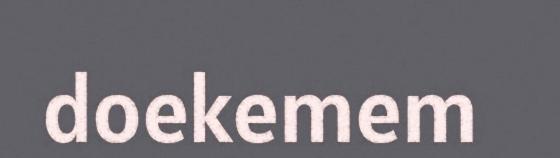
doekemem